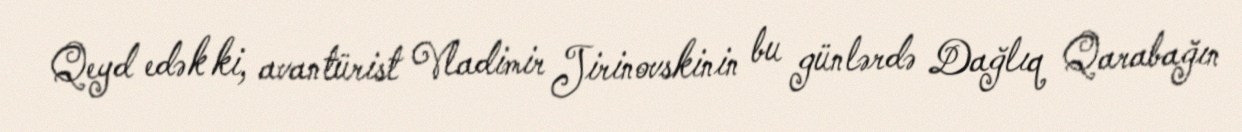
Qeyd edək ki, avantürist Vladimir Jirinovskinin bu günlərdə Dağlıq Qarabağın